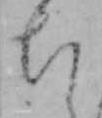
ち